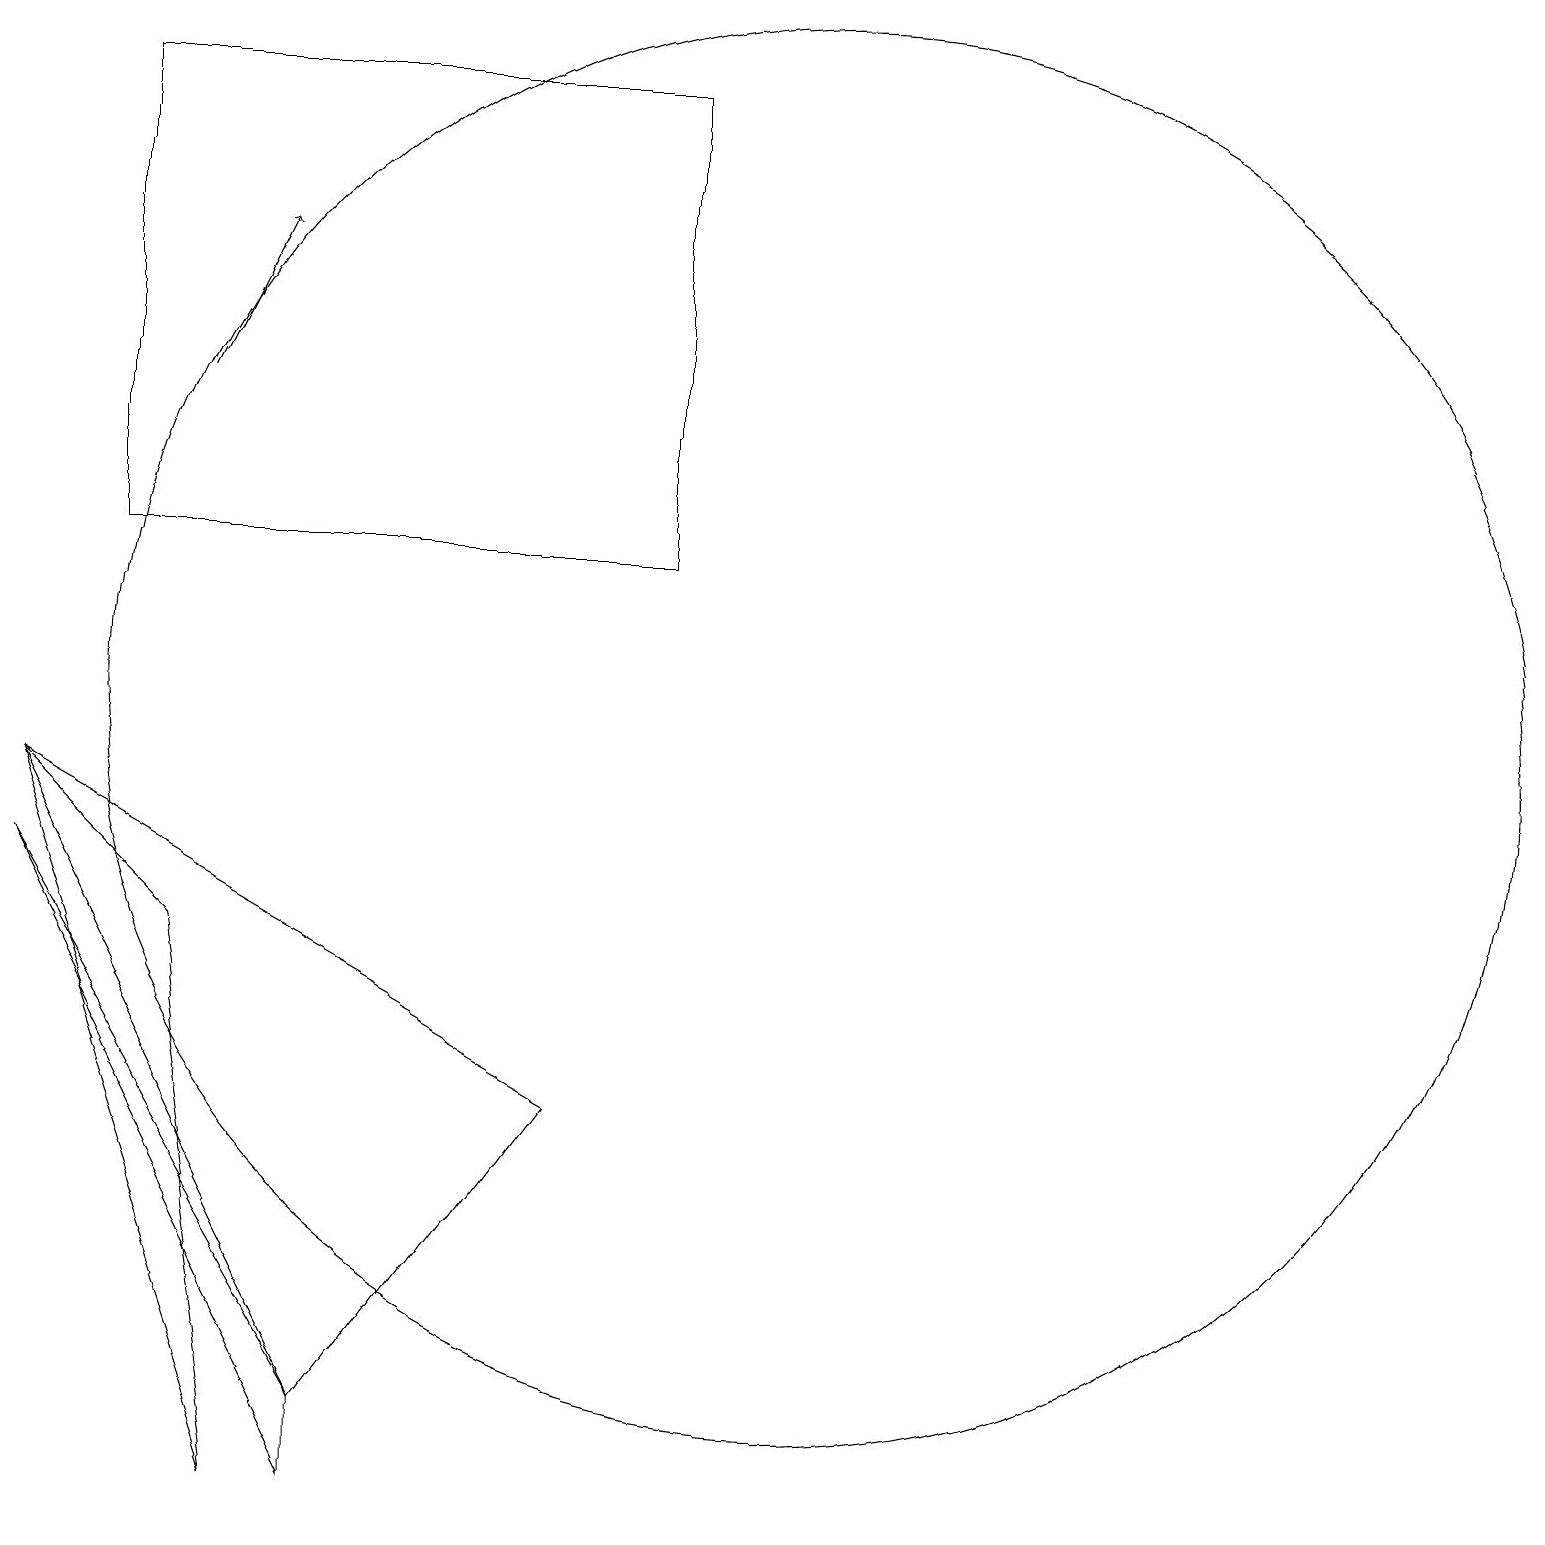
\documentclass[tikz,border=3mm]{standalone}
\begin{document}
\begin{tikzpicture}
\draw (8,12) rectangle (1,18);
\draw[->] (2,14) -- (3,16);
\draw (10,10) circle (9);
\draw (7,5) -- (4,1) -- (0,9) -- cycle;
\draw (4,1) -- (0,8) -- (4,0) -- cycle;
\draw (1,12) rectangle (4,12);
\draw (0,9) -- (2,7) -- (3,0) -- cycle;
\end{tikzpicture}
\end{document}